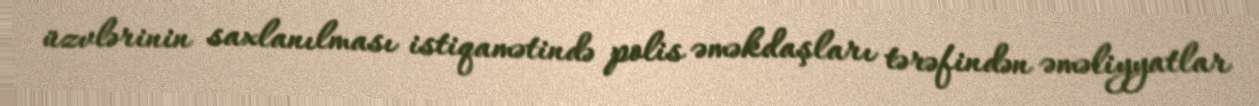
üzvlərinin saxlanılması istiqamətində polis əməkdaşları tərəfindən əməliyyatlar